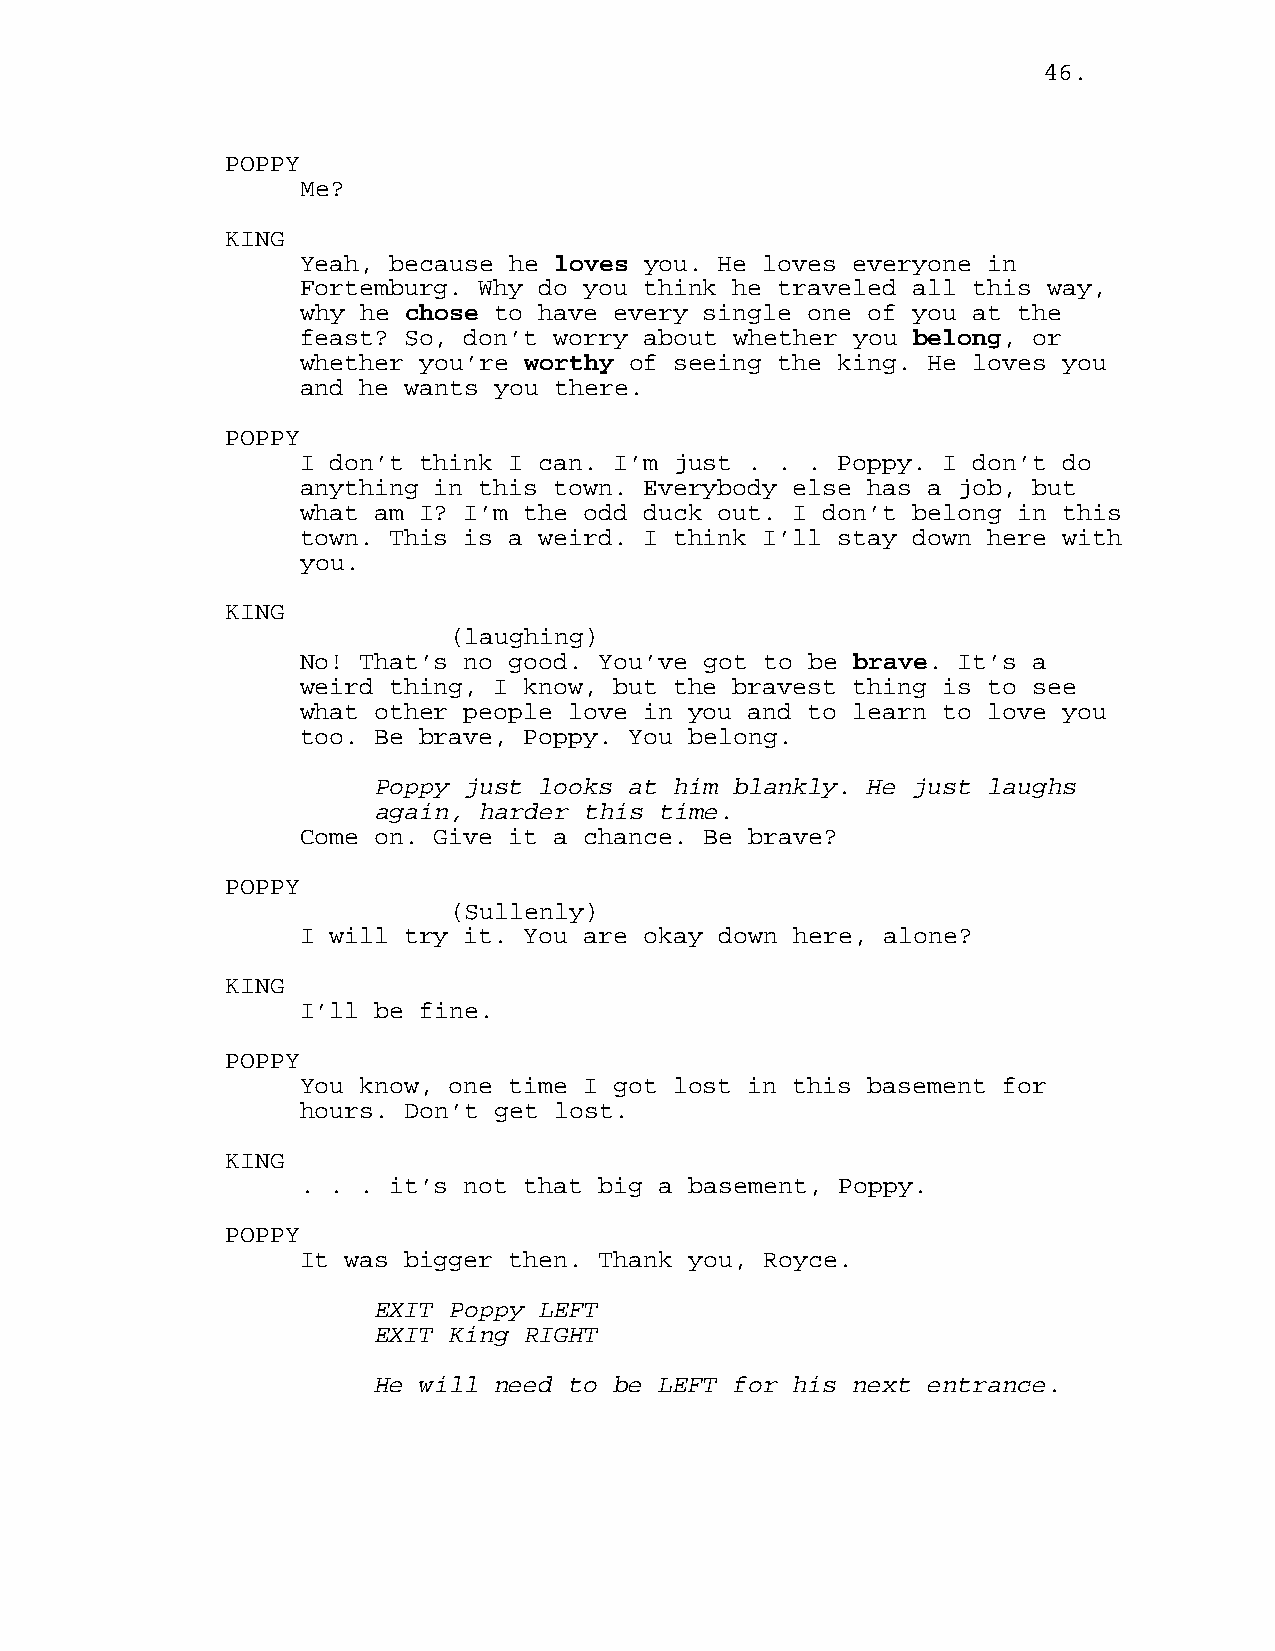
46.
 POPPY
 Me?
 KING
 Yeah, because he loves you. He loves everyone in
 Fortemburg. Why do you think he traveled all this way,
 why he chose to have every single one of you at the
 feast? So, don’t worry about whether you belong, or
 whether you’re worthy of seeing the king. He loves you
 and he wants you there.
 POPPY
 I don’t think I can. I’m just . . . Poppy. I don’t do
 anything in this town. Everybody else has a job, but
 what am I? I’m the odd duck out. I don’t belong in this
 town. This is a weird. I think I’ll stay down here with
 you.
 KING
 (laughing)
 No! That’s no good. You’ve got to be brave. It’s a
 weird thing, I know, but the bravest thing is to see
 what other people love in you and to learn to love you
 too. Be brave, Poppy. You belong.
 Poppy just looks at him blankly. He just laughs
 again, harder this time.
 Come on. Give it a chance. Be brave?
 POPPY
 (Sullenly)
 I will try it. You are okay down here, alone?
 KING
 I’ll be fine.
 POPPY
 You know, one time I got lost in this basement for
 hours. Don’t get lost.
 KING
 . . . it’s not that big a basement, Poppy.
 POPPY
 It was bigger then. Thank you, Royce.
 EXIT Poppy LEFT
 EXIT King RIGHT
 He will need to be LEFT for his next entrance.